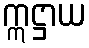
ဣဋ္ဌာယ